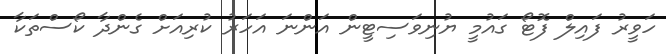
ހަވީރު ފައިލް ފޮޓޯ ގައުމީ ޔުނިވަސިޓީން އަންނަ އަހަރު ކުރިއަށް ގެންދާ ކޯސްތަކާ